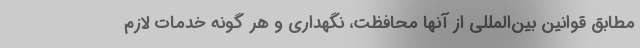
مطابق قوانین بین‌المللی از آنها محافظت، نگهداری و هر گونه خدمات لازم